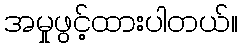
အမှုဖွင့်ထားပါတယ်။